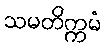
သမတိက္ကမံ